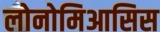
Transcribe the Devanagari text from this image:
लोनोमिआसिस